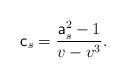
LaTeX: \begin{align*} \mathsf{c}_s & = \frac{\mathsf{a}_s^{2} - 1}{v - v^{3}}. \end{align*}